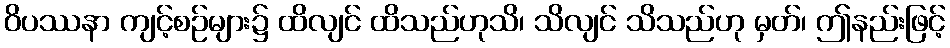
ဝိပဿနာ ကျင့်စဉ်များ၌ ထိလျင် ထိသည်ဟုသိ၊ သိလျင် သိသည်ဟု မှတ်၊ ဤနည်းဖြင့်